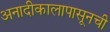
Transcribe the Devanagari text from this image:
अनादीकालापासूनची